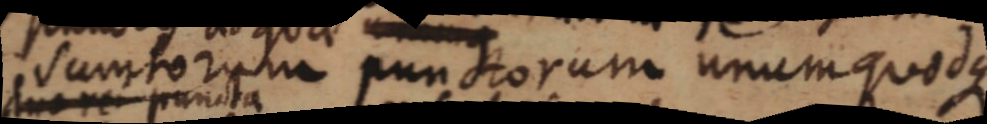
sumtorum punctorum unum quodque